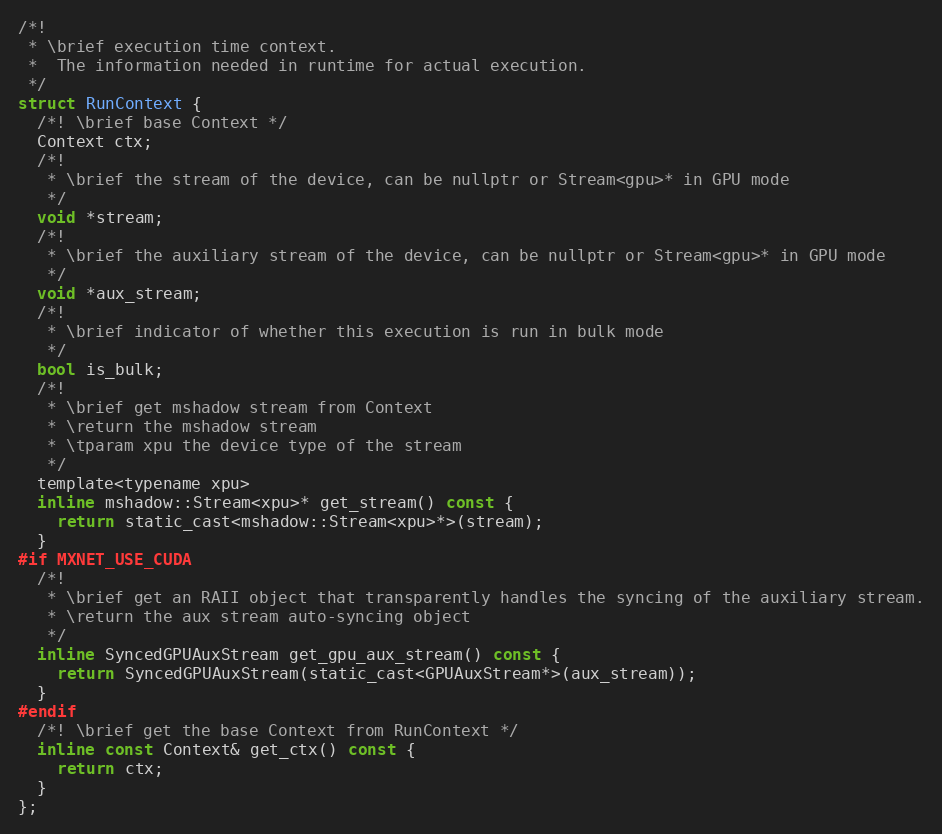
Language: C
/*!
 * \brief execution time context.
 *  The information needed in runtime for actual execution.
 */
struct RunContext {
  /*! \brief base Context */
  Context ctx;
  /*!
   * \brief the stream of the device, can be nullptr or Stream<gpu>* in GPU mode
   */
  void *stream;
  /*!
   * \brief the auxiliary stream of the device, can be nullptr or Stream<gpu>* in GPU mode
   */
  void *aux_stream;
  /*!
   * \brief indicator of whether this execution is run in bulk mode
   */
  bool is_bulk;
  /*!
   * \brief get mshadow stream from Context
   * \return the mshadow stream
   * \tparam xpu the device type of the stream
   */
  template<typename xpu>
  inline mshadow::Stream<xpu>* get_stream() const {
    return static_cast<mshadow::Stream<xpu>*>(stream);
  }
#if MXNET_USE_CUDA
  /*!
   * \brief get an RAII object that transparently handles the syncing of the auxiliary stream.
   * \return the aux stream auto-syncing object
   */
  inline SyncedGPUAuxStream get_gpu_aux_stream() const {
    return SyncedGPUAuxStream(static_cast<GPUAuxStream*>(aux_stream));
  }
#endif
  /*! \brief get the base Context from RunContext */
  inline const Context& get_ctx() const {
    return ctx;
  }
};